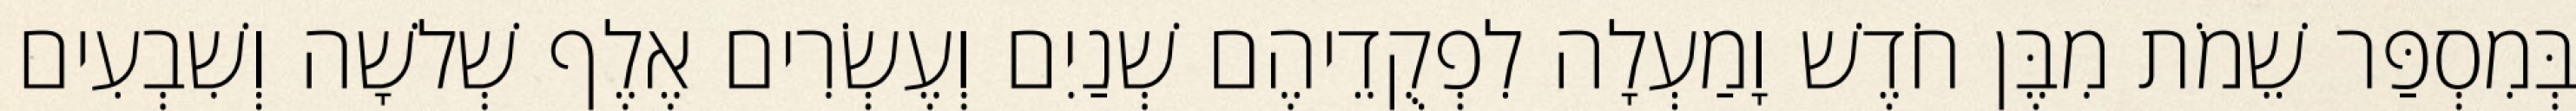
בְּמִסְפַּר שֵׁמֹת מִבֶּן חֹדֶשׁ וָמַעְלָה לִפְקֻדֵיהֶם שְׁנַיִם וְעֶשְׂרִים אֶלֶף שְׁלשָׁה וְשִׁבְעִים